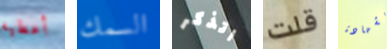
أعطيه السمك اتذكر قلت بشهادة